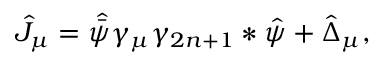
\hat { J } _ { \mu } = \hat { \bar { \psi } } \gamma _ { \mu } \gamma _ { 2 n + 1 } * \hat { \psi } + \hat { \Delta } _ { \mu } ,